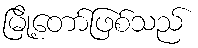
မြို့တော်ဖြစ်သည်